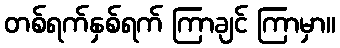
တစ်ရက်နှစ်ရက် ကြာချင် ကြာမှာ။